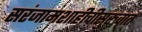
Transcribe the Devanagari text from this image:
सरंजामशाहीचीसुरुवात